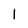
Character: 1